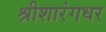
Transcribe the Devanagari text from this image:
श्रीशारंगधर